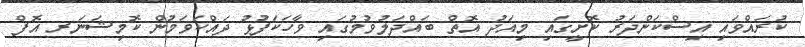
ކުރައްވައި އިސްކަންދަރު ކޮށީގައި މިއަދު އޮތް ބައްދަލުވުމުގައި ވާހަކަފުޅު ދައްކަވަމުން ކޮމިޝަނަރ އޮފް